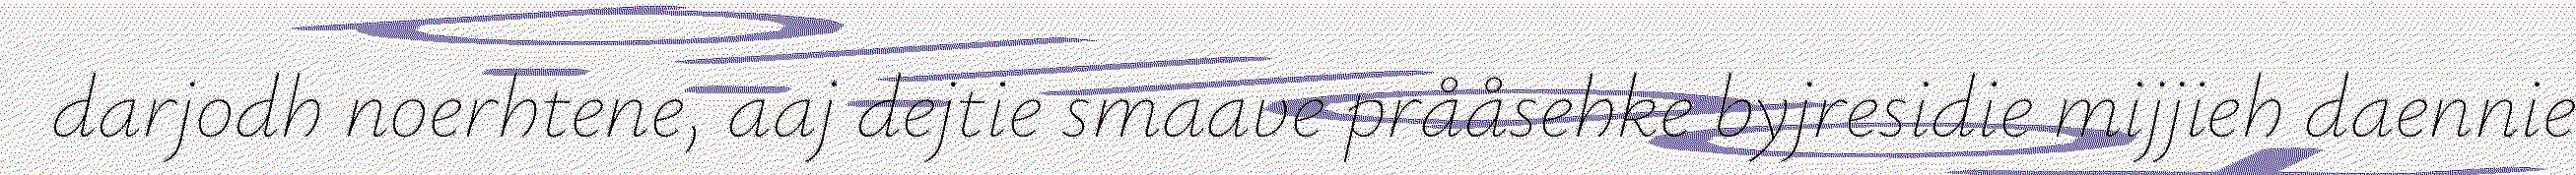
darjodh noerhtene, aaj dejtie smaave prååsehke byjresidie mijjieh daennie